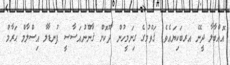
އޮއްބާލާ ދީނޭ އރބަކިޔައެވެ. ޤަވްމުގެ ގިނަމީހުން ދޫކޮށް ޤާނުޫނުއަސާސީ ފުނޑާލާ އިސްލާމް ޙަރާމް